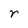
Character: r